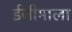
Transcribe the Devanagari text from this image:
ईजीमाला